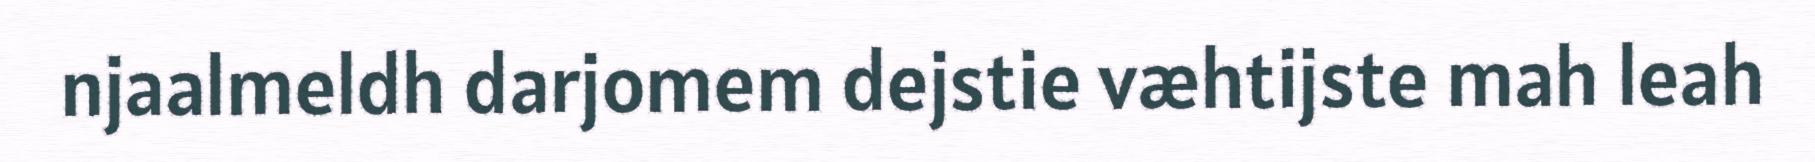
njaalmeldh darjomem dejstie væhtijste mah leah